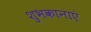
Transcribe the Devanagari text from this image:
शुभकानाएं